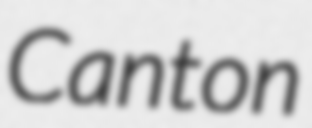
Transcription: Canton